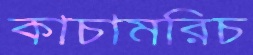
কাচামরিচ